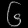
Digit: ၆